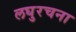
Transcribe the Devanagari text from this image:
लघुरचना